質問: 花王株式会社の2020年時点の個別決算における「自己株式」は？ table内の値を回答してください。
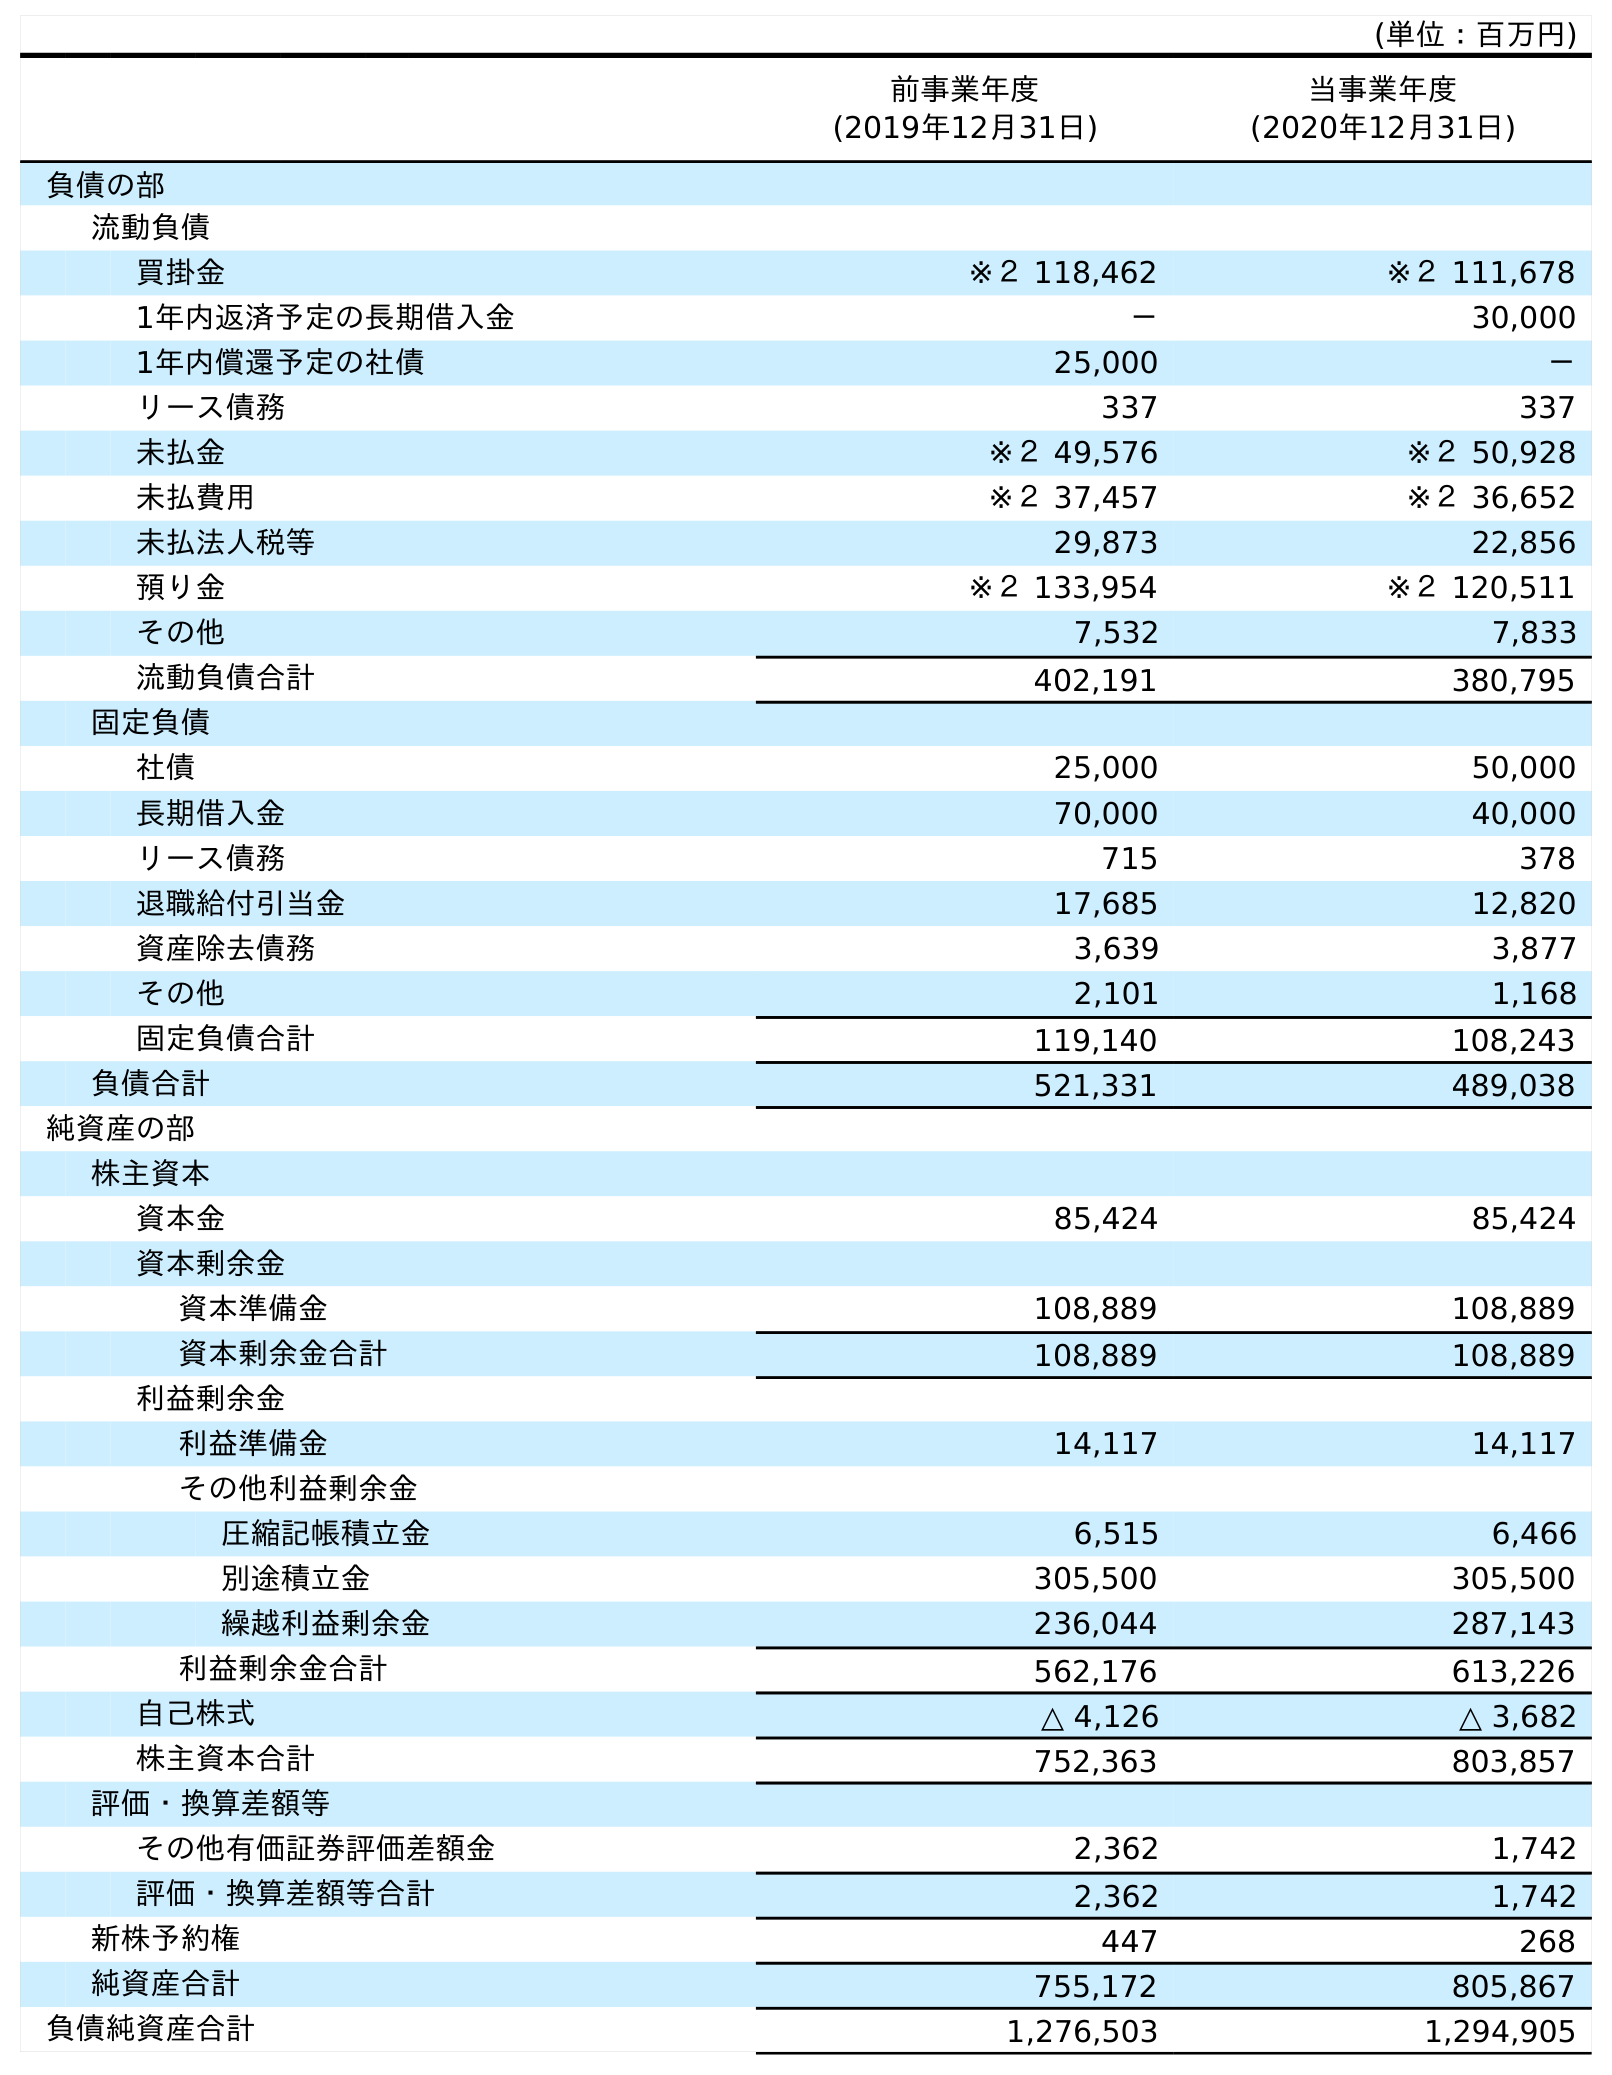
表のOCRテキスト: (単位：百万円) 前事業年度 (2019年12月31日) 当事業年度 (2020年12月31日) 負債の部 流動負債 買掛金 ※２ 118,462 ※２ 111,678 1年内返済予定の長期借入金 － 30,000 1年内償還予定の社債 25,000 － リース債務 337 337 未払金 ※２ 49,576 ※２ 50,928 未払費用 ※２ 37,457 ※２ 36,652 未払法人税等 29,873 22,856 預り金 ※２ 133,954 ※２ 120,511 その他 7,532 7,833 流動負債合計 402,191 380,795 固定負債 社債 25,000 50,000 長期借入金 70,000 40,000 リース債務 715 378 退職給付引当金 17,685 12,820 資産除去債務 3,639 3,877 その他 2,101 1,168 固定負債合計 119,140 108,243 負債合計 521,331 489,038 純資産の部 株主資本 資本金 85,424 85,424 資本剰余金 資本準備金 108,889 108,889 資本剰余金合計 108,889 108,889 利益剰余金 利益準備金 14,117 14,117 その他利益剰余金 圧縮記帳積立金 6,515 6,466 別途積立金 305,500 305,500 繰越利益剰余金 236,044 287,143 利益剰余金合計 562,176 613,226 自己株式 △ 4,126 △ 3,682 株主資本合計 752,363 803,857 評価・換算差額等 その他有価証券評価差額金 2,362 1,742 評価・換算差額等合計 2,362 1,742 新株予約権 447 268 純資産合計 755,172 805,867 負債純資産合計 1,276,503 1,294,905
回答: △3,682